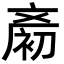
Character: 𪯨